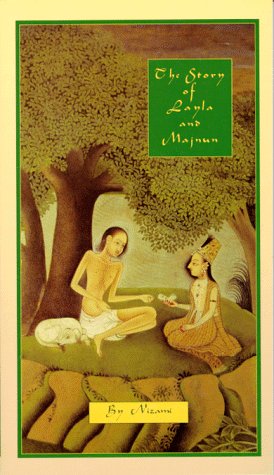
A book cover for The Story of Layla & Majnun; Nizami; Literature & Fiction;